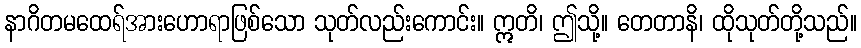
နာဂိတမထေရ်အားဟောရာဖြစ်သော သုတ်လည်းကောင်း။ ဣတိ၊ ဤသို့။ တေတာနိ၊ ထိုသုတ်တို့သည်။